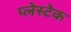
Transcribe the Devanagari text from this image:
प्लेस्टेक